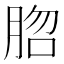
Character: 脗